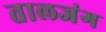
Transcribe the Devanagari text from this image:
तालजंग